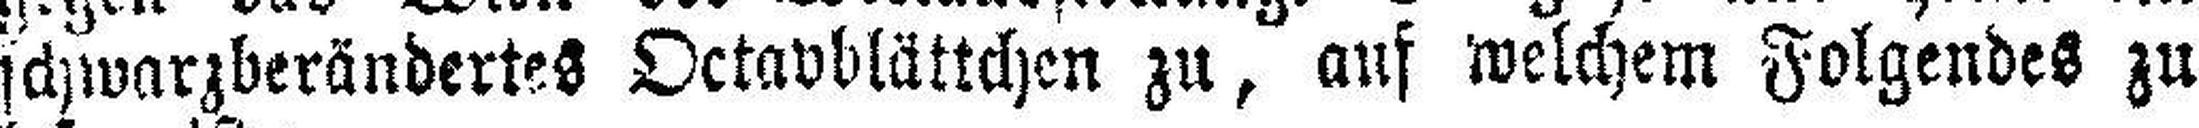
schwarzberändertes Octavblättchen zu, auf welchem Folgendes zu